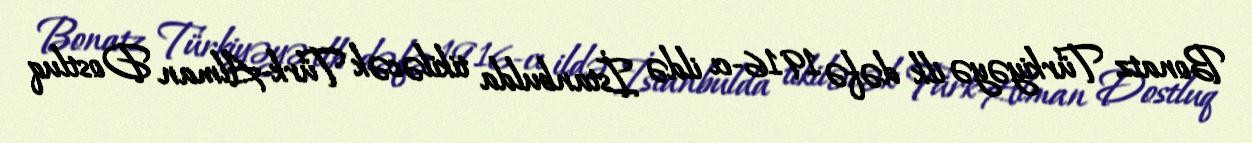
Bonatz Türkiyəyə ilk dəfə 1916-cı ildə İstanbulda tikiləcək Türk-Alman Dostluq